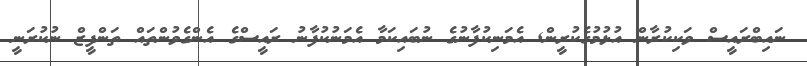
ނައިބްރައީސް ވަކިކުރާން އުޅުމުގެކުރީން